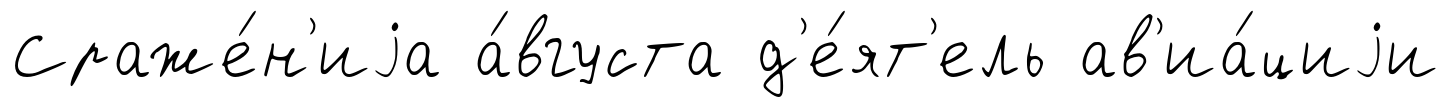
Сраже́н'иjа а́вгуста д'е́ят'ель ав'иа́циjи